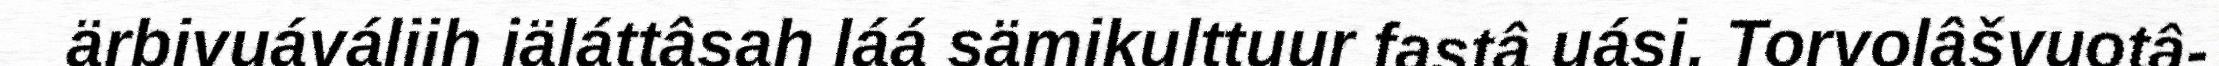
ärbivuáváliih iäláttâsah láá sämikulttuur fastâ uási. Torvolâšvuotâ-